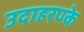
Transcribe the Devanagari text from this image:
उदाहरण्के